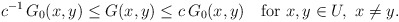
\begin{align*}c^{-1}\,G_0(x,y)\leq G(x,y)\leq c\,G_0(x,y) \quad\hbox{for}\ x,y\in U, \ x\not=y.\end{align*}